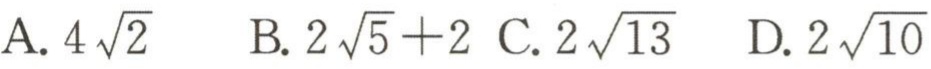
A. \(4\sqrt{2}\)  B. \(2\sqrt{5}+2\)  C. \(2\sqrt{13}\)  D. \(2\sqrt{10}\)